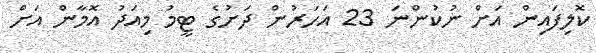
ކޮލިފައިން އަށް ނުކުންނަ 23 އަހަރުން ދަށުގެ ޓީމު މިއަދު އޮމާން އަށް